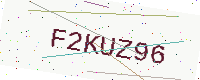
Text: F2KUZ96